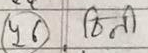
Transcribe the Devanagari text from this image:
चीनी